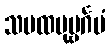
သမထပုဗ္ဗင်္ဂမံ